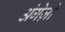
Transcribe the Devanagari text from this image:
अंगेज़ों